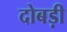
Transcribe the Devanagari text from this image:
दोबड़ी